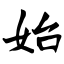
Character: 始